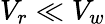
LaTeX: V_{r}\ll V_{w}